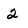
Character: 2